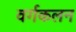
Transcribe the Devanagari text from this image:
वर्गकलन